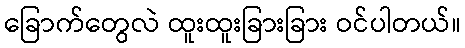
ခြောက်တွေလဲ ထူးထူးခြားခြား ဝင်ပါတယ်။